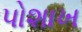
પોશાખ